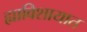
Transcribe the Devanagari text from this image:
ह्याविशायात